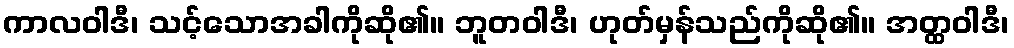
ကာလဝါဒီ၊ သင့်သောအခါကိုဆို၏။ ဘူတဝါဒီ၊ ဟုတ်မှန်သည်ကိုဆို၏။ အတ္ထဝါဒီ၊